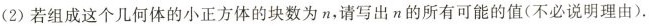
(2)若组成这个几何体的小正方体的块数为n，请写出n的所有可能的值(不必说明理由).